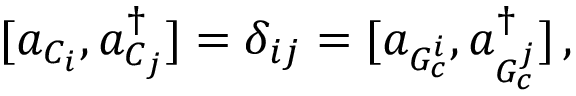
[ a _ { C _ { i } } , a _ { C _ { j } } ^ { \dagger } ] = \delta _ { i j } = [ a _ { G _ { c } ^ { i } } , a _ { G _ { c } ^ { j } } ^ { \dagger } ] \, ,